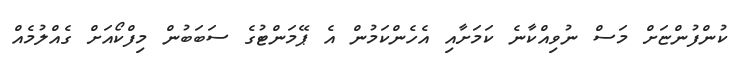
ކުންފުންޏަށް މަސް ނުވިއްކާނެ ކަމަށާއި އެހެންކަމުން އެ ޕޭމަންޓުގެ ސަބަބުން މިފްކޯއަށް ގެއްލުމެއް